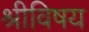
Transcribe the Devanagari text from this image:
श्रीविषय